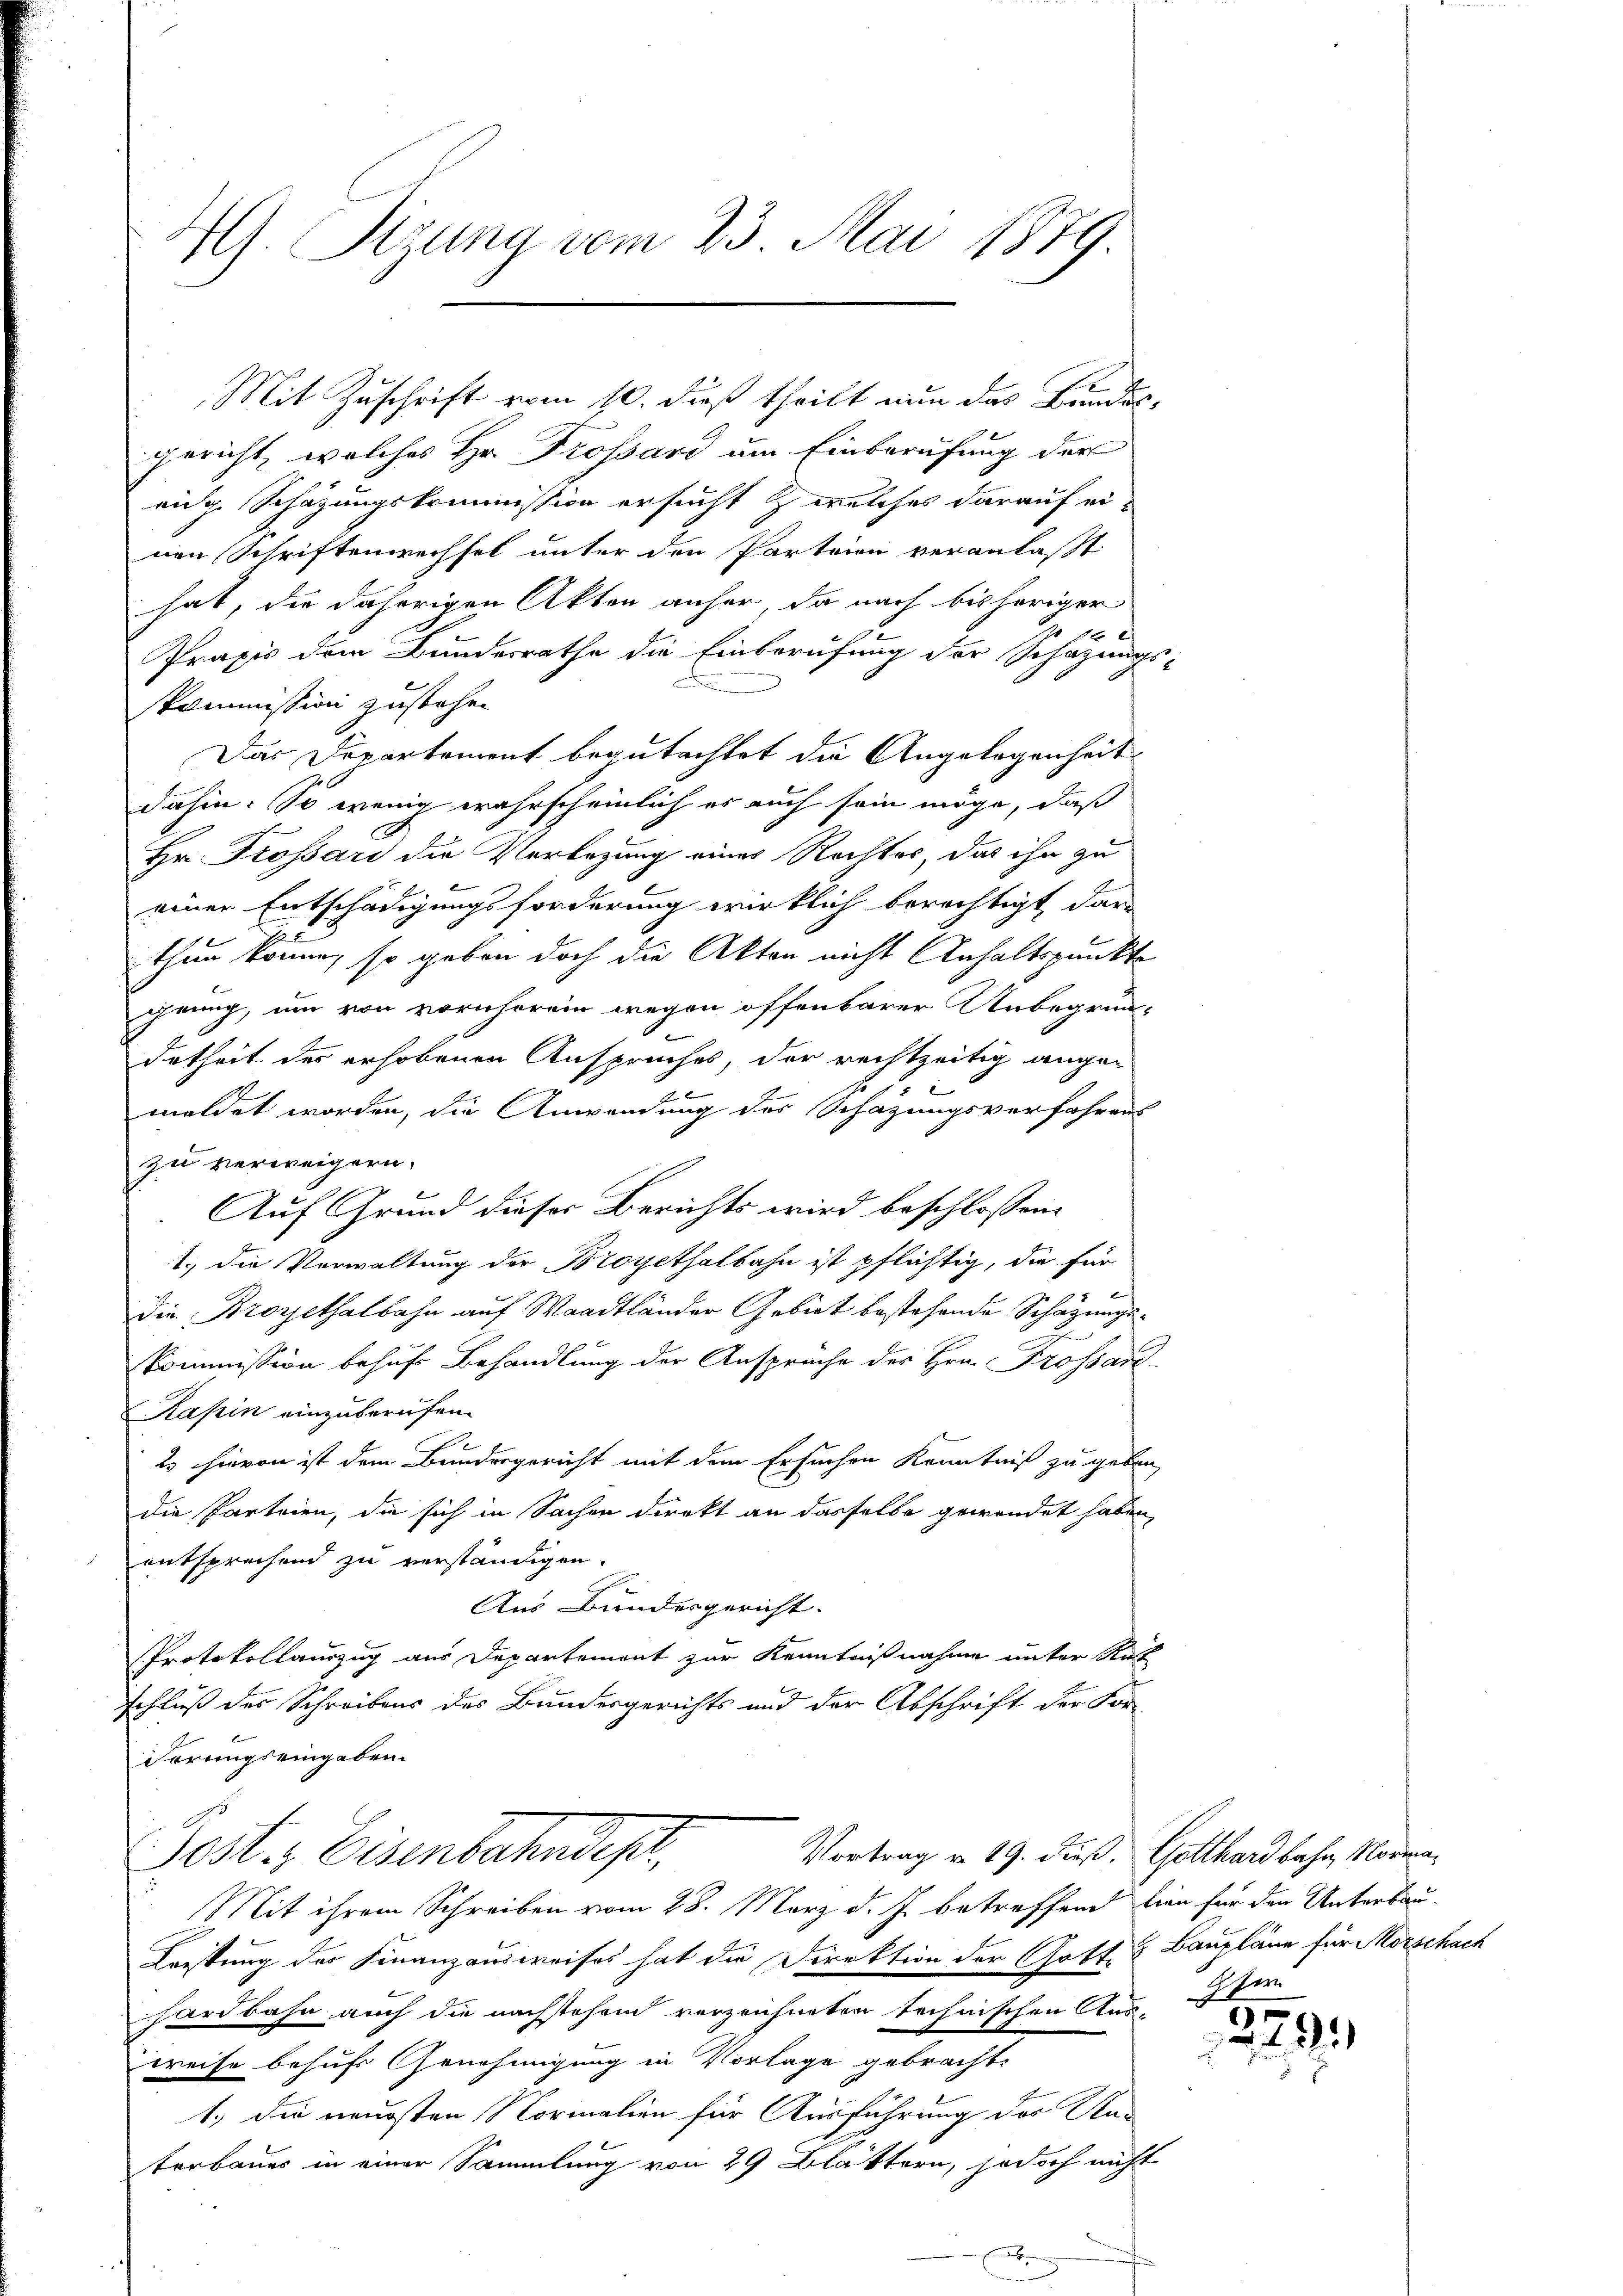
4. Sizung vom 23. Mai 1879.

gericht, welches Hr. Trossard um Einberufung der
eige Schazungskommission ersucht & welches darauf einen Schriftenwechsel unter den Parteien veranlaßt
hat, die daherigen Akten anher, da nach bisheriger
Praxis dem Bundesrathe die Einberufung der Schazungs-
kommission zustehen
Das Departement begutachtet die Angelegenheit
dahin. So wenig wahrscheinlich es auch sein möge, daß
Hr. Trossard die Verbezung eines Rechtes, das ihn zu
einer Entschädigungsforderung wirklich berechtigt dar
thun können, so geben doch die Akten nicht Anhaltspunkte
genug, um von vornherein wegen offenbarer Unbegrün-
detheil des erhobenen Anspruches, der rechtzeitig angebe
b
meldet worden, die Anwendung des Schazungsverfahrens
zu verweigern,
Auf Grund dieser Berichts wird beschlossen:
1.) die Verwaltung der Broyethalbahn ist pflichtig, die für
die Broyethalbahn auf Waadtländer Gebiet bestehende Schazungs-
Kommission behufs Behandlung der Ansprüche des Hrn. Trossan
Kasin einzuberufen.
23 hievon ist dem Bundesgericht mit dem Ersuchen Kenntniß zu geben,
die Parteien, die sich in Sachen direkt an dasselbe gewendet haben,
entsprechend zu verständigen.
Aus Bundesgericht.
Protokollauszug aus Departement zur Kenntnißnahme unter Ruth
schluß des Schreibens des Bundesgerichts und der Abschrift der Forirrungs eingaben.
Vortrag von 19. dieß. Gotthardbahn, Norma¬
Gost. Eisenbahndept,
Mit ihrem Schreiben vom 28. März d. J. betreffend hien für den Unterbau-
Keistung des Finanzausweises hat die Direktion der Gott & Baupläne für Morschach
hardbahn auch die nächstehend verzeichneten technischen Aus-
weise behufs Genehmigung in Vorlage gebracht.
1.) Die neuesten Normalien für Ausführung der Na-
terbauer in einer Sammlung von 29 Blättern, jedoch nicht

Mit Zuschrift vom 10. dieß theilt nun das Bundes¬

Ien

6
2